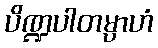
ပိဏ္ဍပါတမ္ပာဟံ